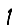
Digit: 1